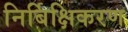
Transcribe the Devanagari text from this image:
निर्बिक्षिकरण